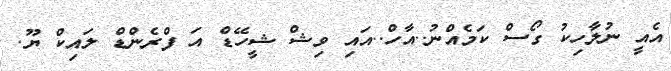
އެއީ ނުލާހިކު ގޯސް ކަމެއްނު..އާހް..އައި ވިޝް ޝީހޭޑް އަ ފްރެންޑް ލައިކް ޔޫ.